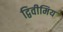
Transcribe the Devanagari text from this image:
द्विवीमिय